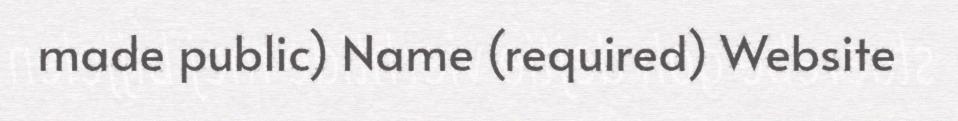
made public) Name (required) Website